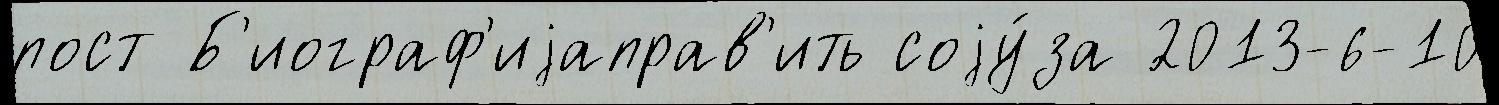
пост Б'иограф'иjаправ'ить соjу́за 2013-6-10